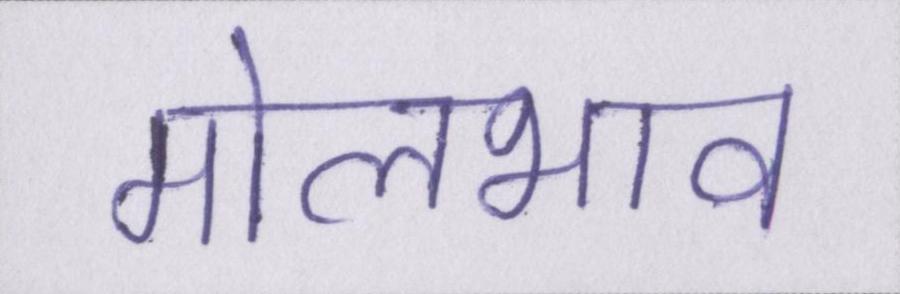
मोलभाव